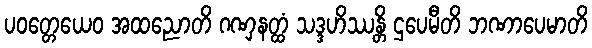
ပဝတ္တေယေဝ အထညောတိ ဂဏှနတ္ထံ သဒ္ဒဟိဿန္တိ ဌပေမီတိ ဘဏာပေမာတိ